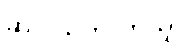
ဆင်းသက်လာသူ